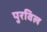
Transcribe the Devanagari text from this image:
पुरविल